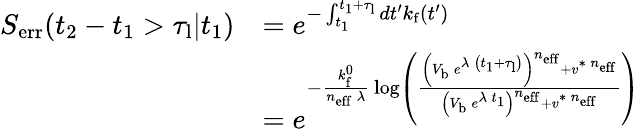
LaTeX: \begin{array}{rl}{S_{\mathrm{err}}(t_{2}-t_{1}>\tau_{\mathrm{l}}|t_{1})}&{=e^{-\int_{t_{1}}^{t_{1}+\tau_{\mathrm{l}}}dt^{\prime}k_{\mathrm{f}}(t^{\prime})}}\\ &{=e^{-\frac{k_{\mathrm{f}}^{0}}{n_{\mathrm{eff}}\, \lambda}\, \log\left(\frac{\left(V_{\mathrm{b}}\, e^{\lambda\, \left(t_{1}+\tau_{\mathrm{l}}\right)}\right)^{n_{\mathrm{eff}}}+v^{\ast\, n_{\mathrm{eff}}}}{\left(V_{\mathrm{b}}\, e^{\lambda\, t_{1}}\right)^{n_{\mathrm{eff}}}+v^{\ast\, n_{\mathrm{eff}}}}\right)}}\end{array}